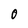
Character: 0